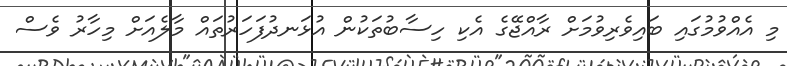
މި އެއްވުމުގައި ބައިވެރިވުމަށް ރާއްޖޭގެ އެކި ހިސާބުތަކުން އުޅަނދުފަހަރުތައް މާލެއަށް މިހާރު ވެސް